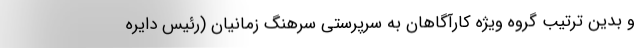
و بدین ترتیب گروه ویژه کارآگاهان به سرپرستی سرهنگ زمانیان (رئیس دایره